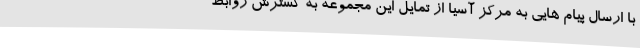
با ارسال پیام هایی به مرکز آسیا از تمایل این مجموعه به گسترش روابط